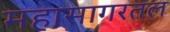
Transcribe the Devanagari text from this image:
महासागरतल